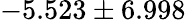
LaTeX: -5.523\pm 6.998